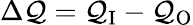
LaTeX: \Delta\mathcal{Q}=\mathcal{Q}_{\mathrm{{I}}}-\mathcal{Q}_{\mathrm{{O}}}